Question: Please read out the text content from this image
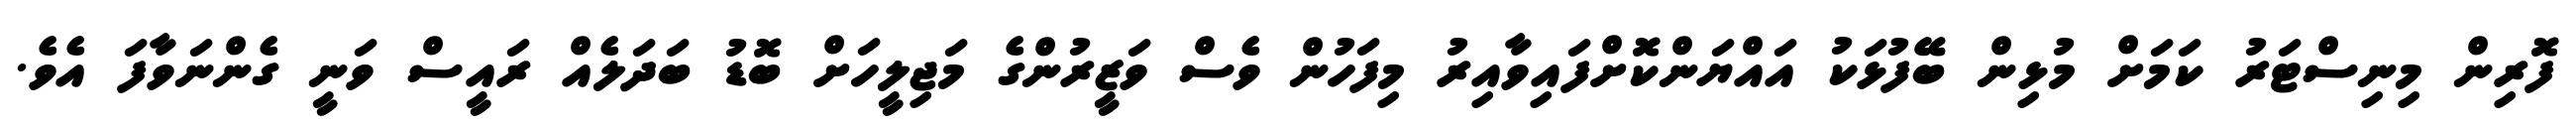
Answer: ފޮރިން މިނިސްޓަރު ކަމަށް މުޅިން ބޭފުޅަކު އައްޔަންކޮށްފައިވާއިރު މިފަހުން ވެސް ވަޒީރުންގެ މަޖިލީހަށް ބޮޑު ބަދަލެއް ރައީސް ވަނީ ގެންނަވާފަ އެވެ.